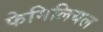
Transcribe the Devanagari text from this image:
फेमिलियल